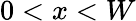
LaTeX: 0<x<W